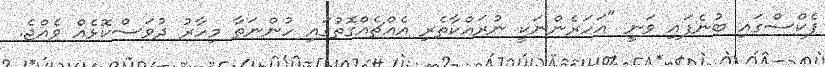
ފެކްސްގައި ބުނެފައި ވަނީ "އަހަރެންނަކީ ނުރައްކާތެރި އެއްޗެއްގޮތުގައި ހުންނަތާ މިހާރު ދުވަސްކޮޅެއް ވެއްޖެ.